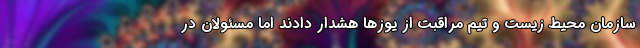
سازمان محیط زیست و تیم مراقبت از یوزها هشدار دادند اما مسئولان در